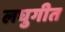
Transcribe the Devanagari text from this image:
लघुगीत